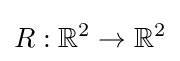
R:\mathbb {R} ^{2}\to \mathbb {R} ^{2}